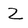
Character: 2